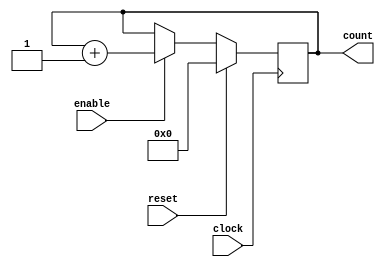
`timescale 1ns / 100ps

module counter_10 (
clock,
enable,
count,
reset 
);
parameter BIT_SZ=10;
input clock;
input enable;
input reset;
output [BIT_SZ-1:0] count;

reg [BIT_SZ-1:0] count;

initial count=0;

always @ (posedge clock) 
	if (reset == 1'b1)
		count = 0;
	else if (enable == 1'b1)
		count = count + 1'b1;

endmodule